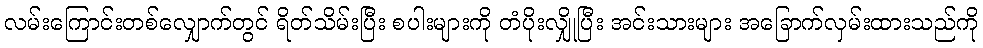
လမ်းကြောင်းတစ်လျှောက်တွင် ရိတ်သိမ်းပြီး စပါးများကို တံပိုးလျှိုပြီး အင်းသားများ အခြောက်လှမ်းထားသည်ကို